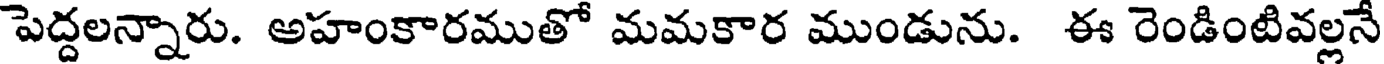
పెద్దలన్నారు. అహంకారముతో మమకార ముండును. ఈ రెండింటివల్లనే